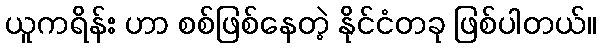
ယူကရိန်း ဟာ စစ်ဖြစ်နေတဲ့ နိုင်ငံတခု ဖြစ်ပါတယ်။